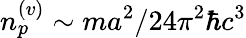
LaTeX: n_{p}^{(v)}\sim ma^{2}/24\pi^{2}\hbar c^{3}